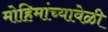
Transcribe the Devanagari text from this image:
मोहिमांच्यावेळी